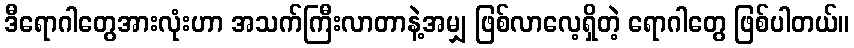
ဒီရောဂါတွေအားလုံးဟာ အသက်ကြီးလာတာနဲ့အမျှ ဖြစ်လာလေ့ရှိတဲ့ ရောဂါတွေ ဖြစ်ပါတယ်။